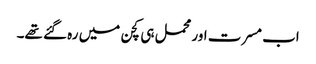
اب مسرت اور محمل ہی کچن میں رہ گئے تھے۔